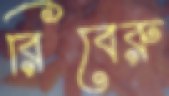
রিবেরু